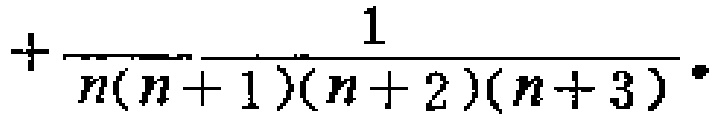
$+\frac{1}{n(n + 1)(n + 2)(n + 3)}.$